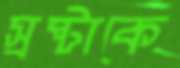
স্রষ্টাকে